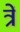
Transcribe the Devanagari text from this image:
त्रें